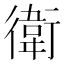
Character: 衛